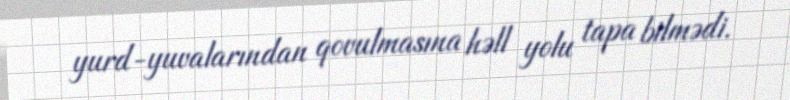
yurd-yuvalarından qovulmasına həll yolu tapa bilmədi.